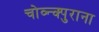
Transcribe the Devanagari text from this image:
चोव्न्क्पुराना